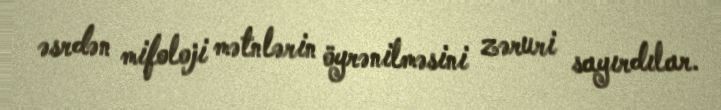
əsrdən mifoloji mətnlərin öyrənilməsini zəruri sayırdılar.